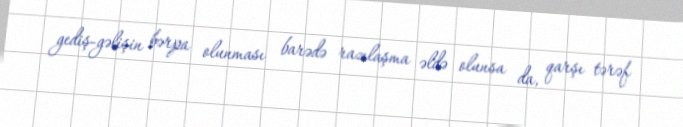
gediş-gəlişin bərpa olunması barədə razılaşma əldə olunsa da, qarşı tərəf